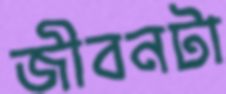
জীবনটা